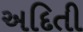
અદિતી